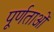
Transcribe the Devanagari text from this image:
पूर्णताओं